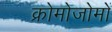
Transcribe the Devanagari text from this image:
क्रोमोजोमों